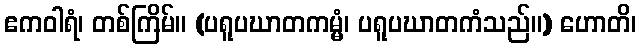
ဧကဝါရံ၊ တစ်ကြိမ်။ (ပရူပဃာတကမ္မံ၊ ပရူပဃာတကံသည်။) ဟောတိ၊